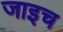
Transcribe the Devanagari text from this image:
जाइच